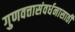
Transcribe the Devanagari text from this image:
गुणवत्तासंवर्धनासाठी